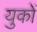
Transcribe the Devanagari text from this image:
युकों